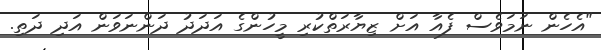
"އެހެން ނަމަވެސް ފެއާ އަށް ޒިޔާރަތްކުރި މީހުންގެ އަދަދު ދަންނަވަން އަދި ދަތި.